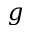
\boldsymbol { g }